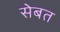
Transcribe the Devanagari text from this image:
सेबत